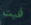
فيت